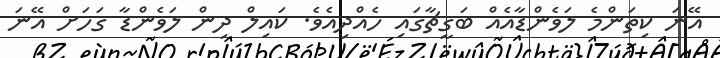
އޭނަ ކިތަންމެ ލަވެންޑާއެއް ބަގީޗާގައި ހެއްދިއެވެ. ކައިލް ދިން ލަވެންޑާ ގަހަށް އޭނަ